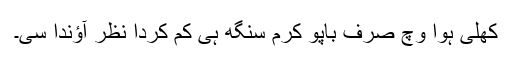
کُھلی ہوا وچ صرف باپُو کرم سنگھ ہی کم کردا نظر آؤندا سی۔